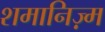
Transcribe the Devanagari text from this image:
शमानिज़्म